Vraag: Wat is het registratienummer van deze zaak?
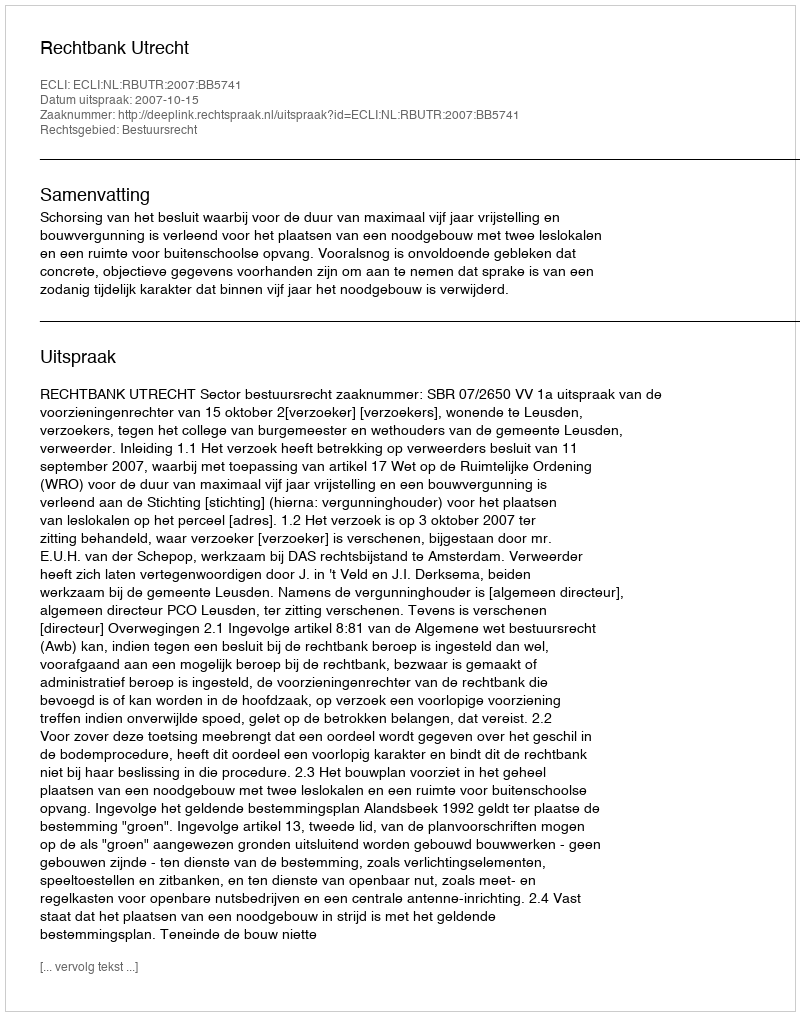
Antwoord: http://deeplink.rechtspraak.nl/uitspraak?id=ECLI:NL:RBUTR:2007:BB5741